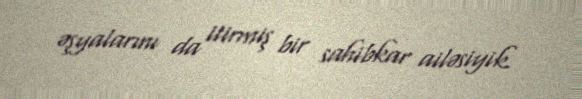
əşyalarını da itirmiş bir sahibkar ailəsiyik.